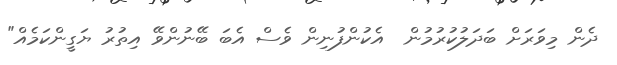
ދެން މިވަރަށް ބަދަލުކުރުމުން  އެކުންފުނިން ވެސް އެބަ ބޭނުންވޭ އިތުރު ޔަގީންކަމެއް"